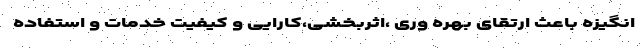
انگیزه باعث ارتقای بهره وری ،اثربخشی،کارایی و کیفیت خدمات و استفاده